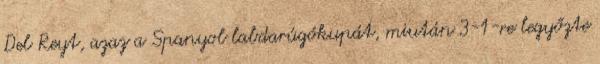
Del Reyt, azaz a Spanyol labdarúgókupát, miután 3-1-re legyőzte